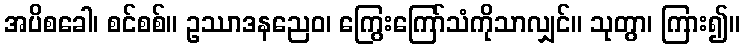
အပိစခေါ၊ စင်စစ်။ ဥဿာဒနညေဝ၊ ကြွေးကြော်သံကိုသာလျှင်။ သုတွာ၊ ကြား၍။